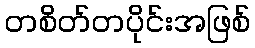
တစိတ်တပိုင်းအဖြစ်